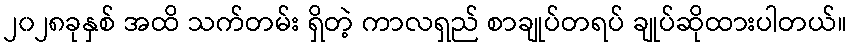
၂၀၂၈ခုနှစ် အထိ သက်တမ်း ရှိတဲ့ ကာလရှည် စာချုပ်တရပ် ချုပ်ဆိုထားပါတယ်။